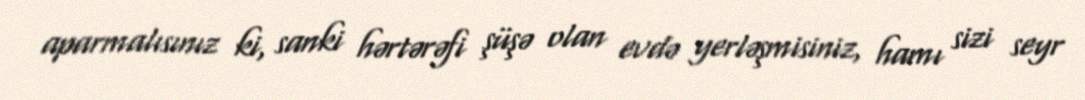
aparmalısınız ki, sanki hərtərəfi şüşə olan evdə yerləşmisiniz, hamı sizi seyr